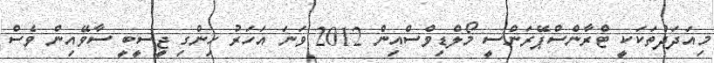
މިއަދަދުތަކަކީ ޓްރާންސްޕޭރަންސީ މޯލްޑިވްސްއިން 2012 ވަނަ އަހަރު ހިންގި ޖީސީބީ ސާވޭއިން ވެސް